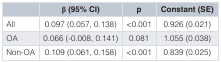
|  | β (95% CI) | p | Constant (SE) |
 | --- | --- | --- | --- |
 | All | 0.097 (0.057, 0.138) | <0.001 | 0.926 (0.021) |
 | OA | 0.066 (-0.008, 0.141) | 0.081 | 1.055 (0.038) |
 | Non-OA | 0.109 (0.061, 0.158) | <0.001 | 0.839 (0.025) |